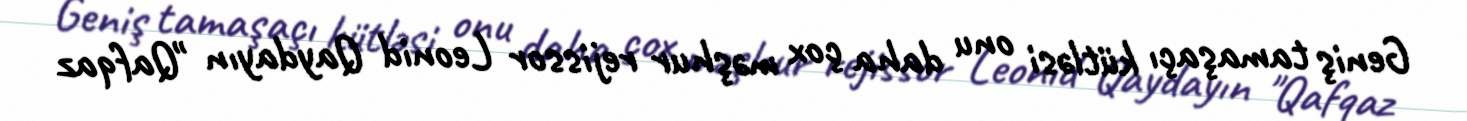
Geniş tamaşaçı kütləsi onu daha çox məşhur rejissor Leonid Qaydayın "Qafqaz